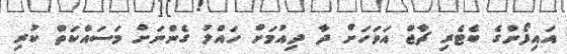
އައިފޯންގެ ބެޓެރި ޗާޖް އަވަހަށް ދާ ދިއުމަށް ހައްލު ގެންނަށް މަސައްކަތް ކުރި